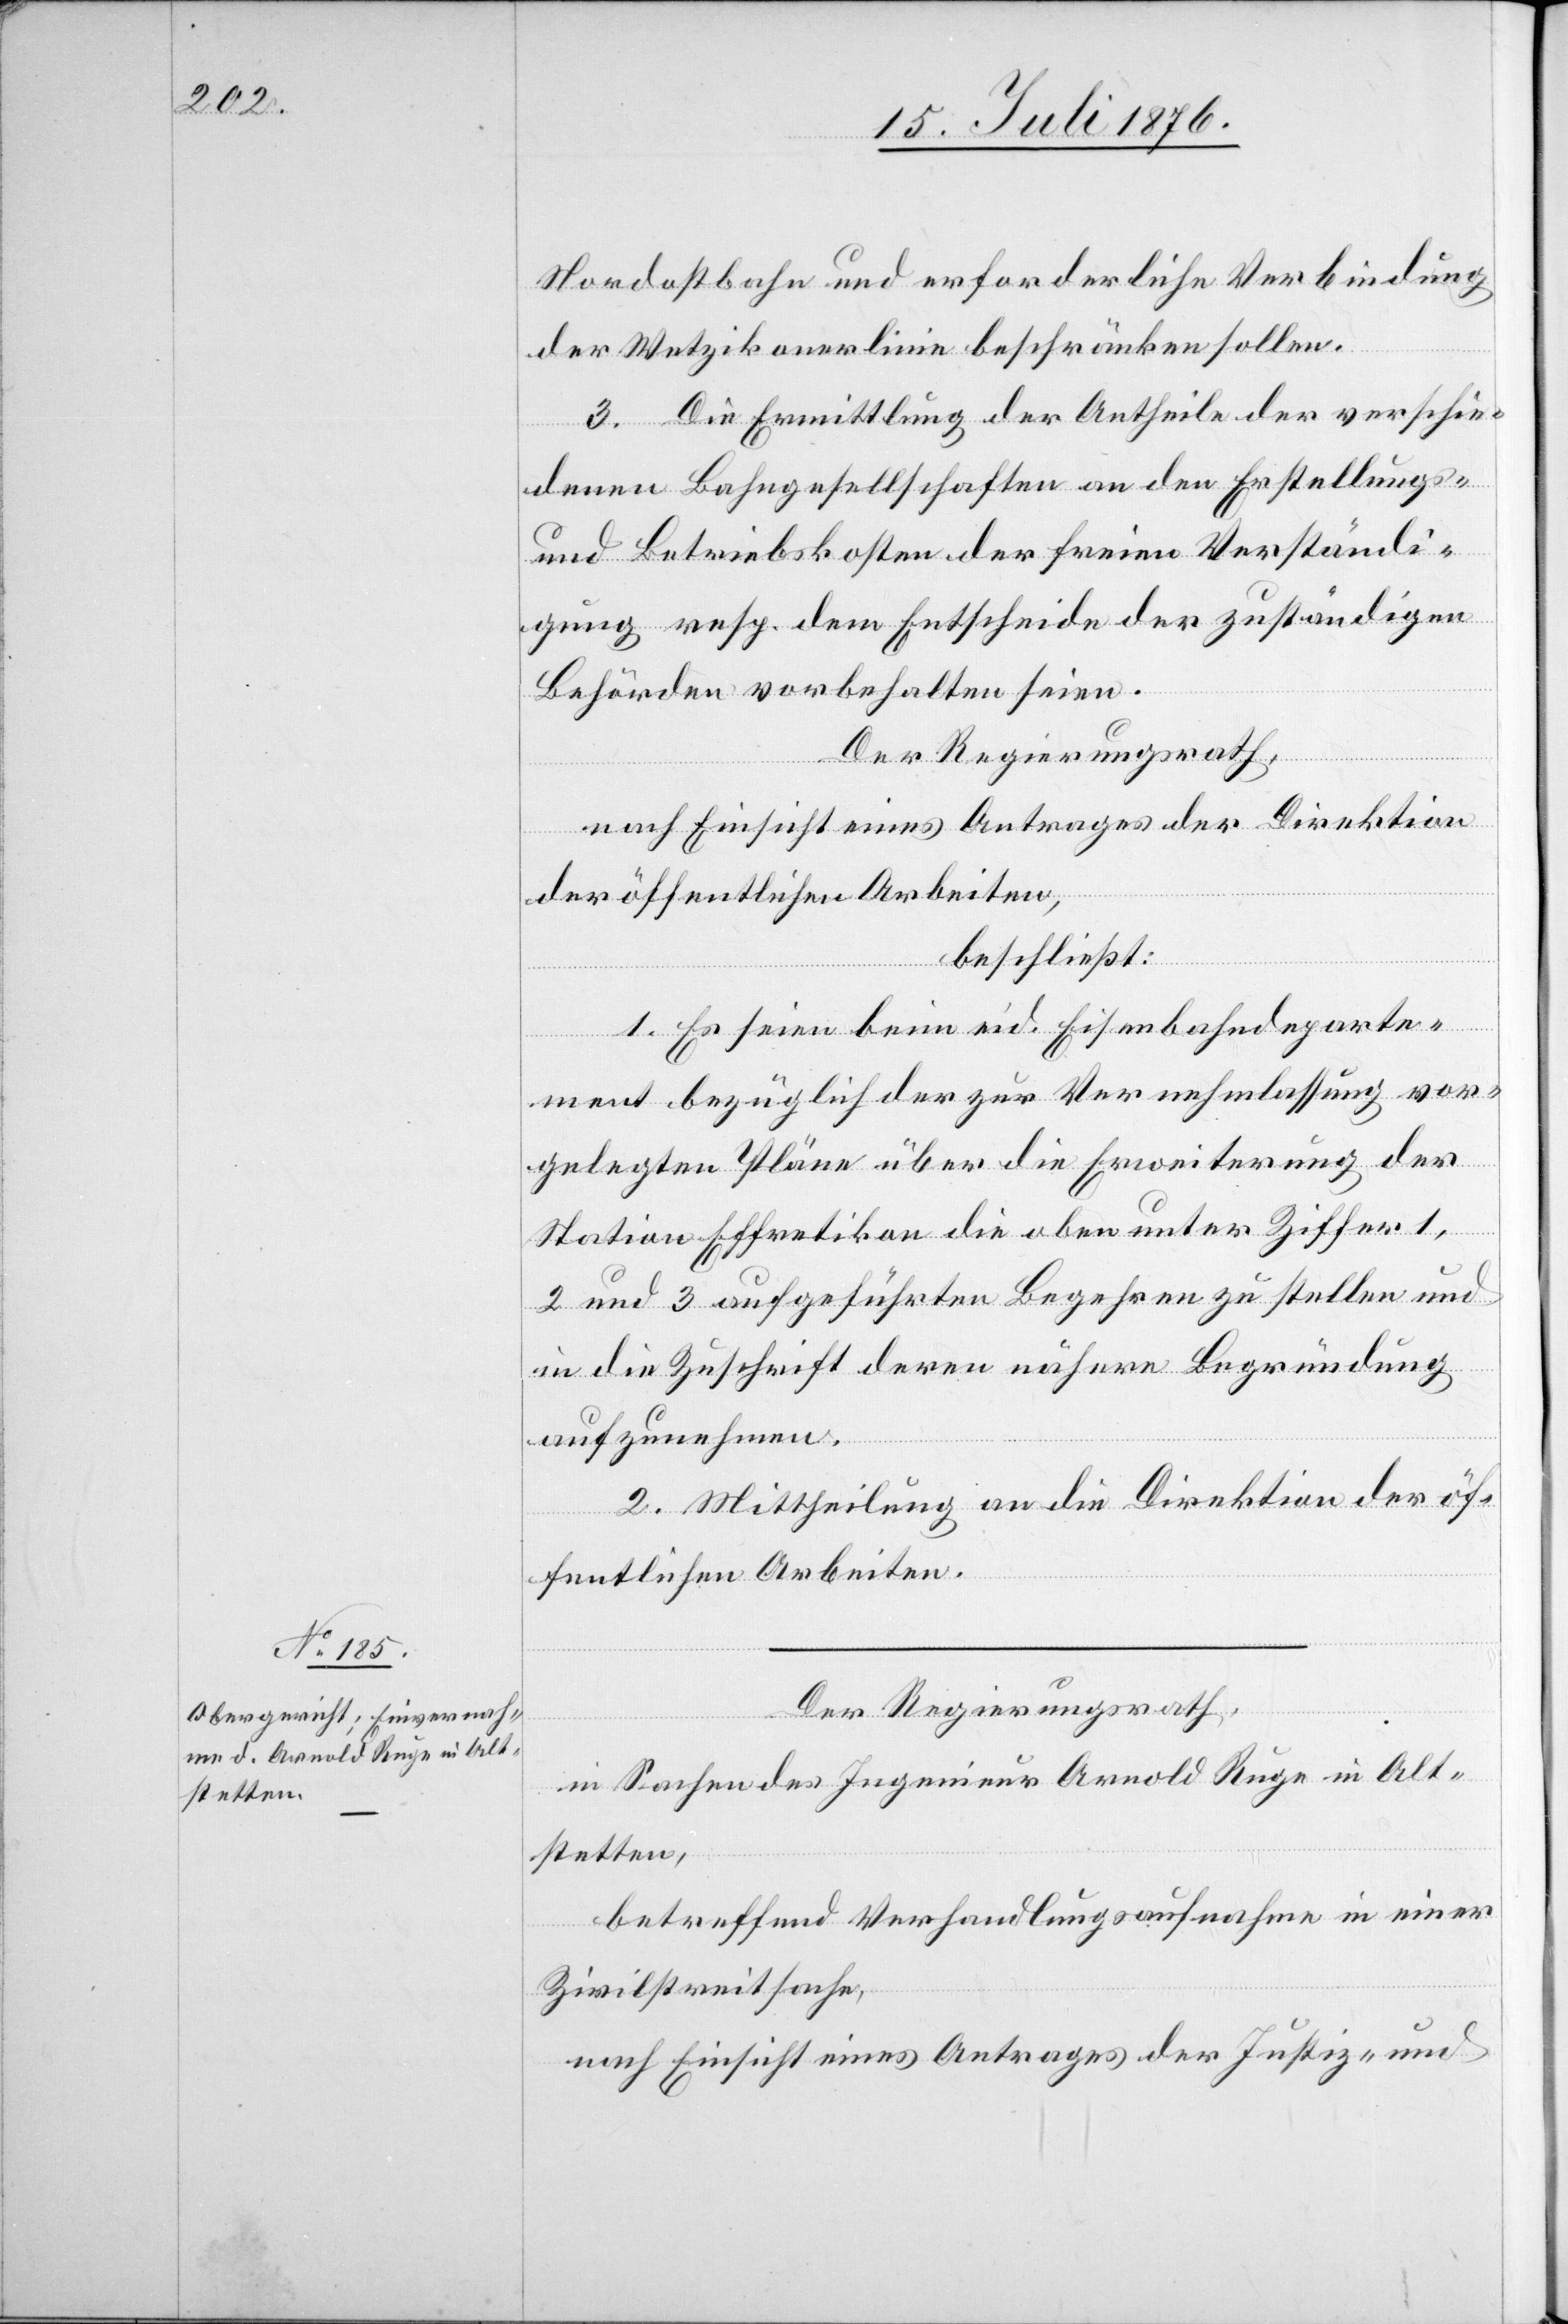
19. Juli 1876.]
Nordostbahn und erforderliche Verbindung
der Wetzikonerlinie beschränken sollen.
3. Die Ermittlung der Antheile der verschie¬
denen Bahngesellschaften an den Erstellungs-
und Betriebskosten der freien Verständi¬
gung resp. dem Entscheide der zuständigen
Behörden vorbehalten seien.
Der Regierungsrath,
nach Einsicht eines Antrages der Direktion
der öffentlichen Arbeiten,
beschließt:
1. Es seien beim eid. Eisenbahndeparte¬
ment bezüglich der zur Vernehmlassung vor¬
gelegten Pläne über die Erweiterung der
Station Effretikon die oben unter Ziffer 1,
2 und 3 aufgeführten Begehren zu stellen und
in die Zuschrift deren nähere Begründung
aufzunehmen.
2. Mittheilung an die Direktion der öf¬
fentlichen Arbeiten.
Der Regierungsrath,
in Sachen des Ingenieur Arnold Ruge in Alt¬
stetten,
betreffend Verhandlungsaufnahme in einer
Zivilstreitsache,
nach Einsicht eines Antrages der Justiz- und